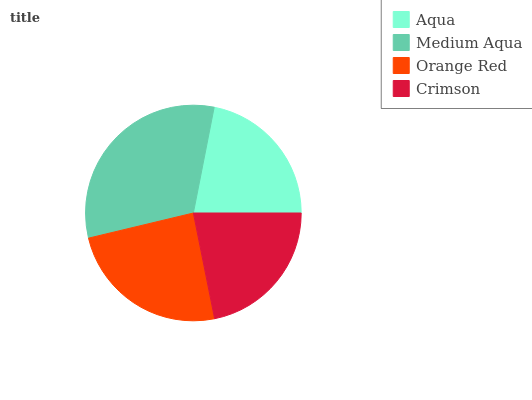
| Aqua | Medium Aqua | Orange Red | Crimson |
 | --- | --- | --- | --- |
 | 22% | 31.8% | 24.4% | 21.8% |